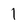
Character: 1